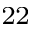
^ { 2 2 }